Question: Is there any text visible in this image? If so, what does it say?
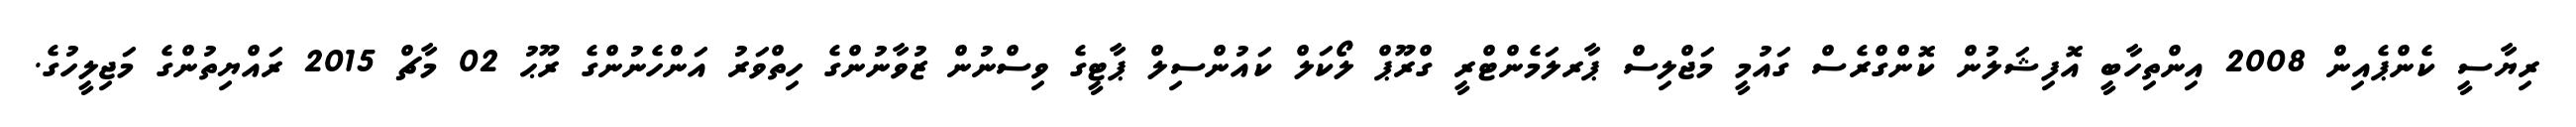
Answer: ރިޔާސީ ކެންޕެއިން 2008 އިންތިހާބީ އޮފިޝަލުން ކޮންގްރެސް ގައުމީ މަޖްލިސް ޕާރލަމެންޓްރީ ގްރޫޕް ލޯކަލް ކައުންސިލް ޕާޓީގެ ވިސްނުން ޒުވާނުންގެ ހިތްވަރު އަންހެނުންގެ ރޫޙު 02 މާޗް 2015 ރައްޔިތުންގެ މަޖިލީހުގެ.